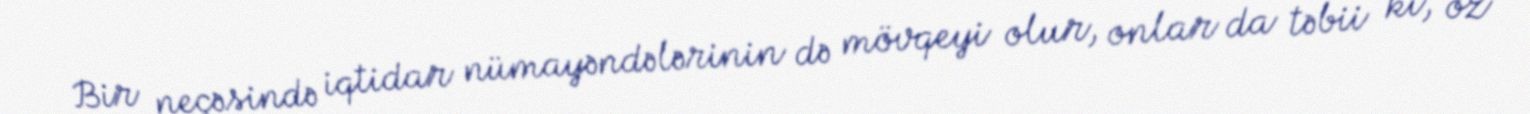
Bir neçəsində iqtidar nümayəndələrinin də mövqeyi olur, onlar da təbii ki, öz